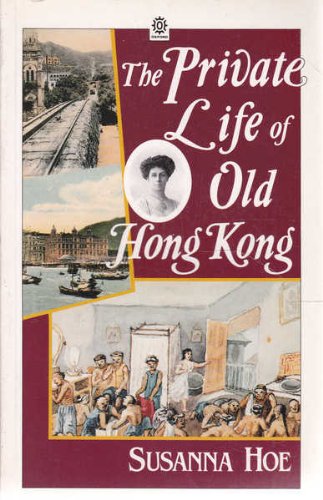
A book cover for The Private Life of Old Hong Kong: Western Women in the British Colony, 1841-1941; Susanna Hoe; History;